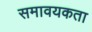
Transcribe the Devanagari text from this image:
समावयकता